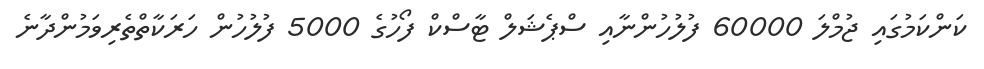
ކަންކަމުގައި ޖުމްލަ 60000 ފުލުހުންނާއި ސްޕެޝަލް ޓާސްކް ފޯހުގެ 5000 ފުލުހުން ހަރަކާތްތެރިވަމުންދާނެ